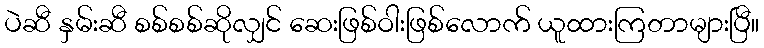
ပဲဆီ နှမ်းဆီ စစ်စစ်ဆိုလျှင် ဆေးဖြစ်ဝါးဖြစ်လောက် ယူထားကြတာများပြီ။